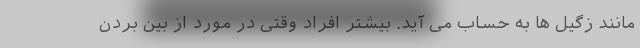
مانند زگیل ها به حساب می آید. بیشتر افراد وقتی در مورد از بین بردن